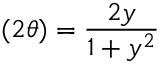
( 2 \theta ) = \frac { 2 y } { 1 + y ^ { 2 } }